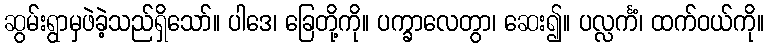
ဆွမ်းရွာမှဖဲခဲ့သည်ရှိသော်။ ပါဒေ၊ ခြေတို့ကို။ ပက္ခာလေတွာ၊ ဆေး၍။ ပလ္လင်္ကံ၊ ထက်ဝယ်ကို။